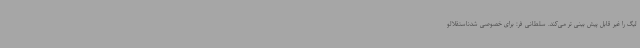
لیگ را غیر قابل پیش بینی تر می‌کند. سلطانی فر: برای خصوصی شدناستقلالو